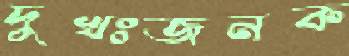
দুখঃজনক